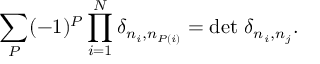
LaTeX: \sum _ { P } ( - 1 ) ^ { P } \prod _ { i = 1 } ^ { N } \delta _ { n _ { i } , n _ { P ( i ) } } = \operatorname * { d e t } \, \delta _ { n _ { i } , n _ { j } } .